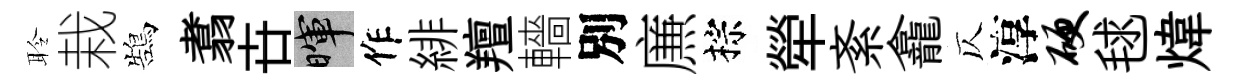
聆栽鵠翥卋暉作緋羶轖別㢘棕犖紊龕仄淳硬毬煒